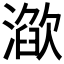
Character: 𣽌